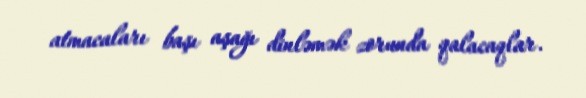
atmacaları başı aşağı dinləmək zorunda qalacaqlar.